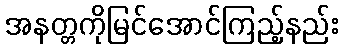
အနတ္တကိုမြင်အောင်ကြည့်နည်း